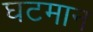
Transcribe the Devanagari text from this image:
घटमान